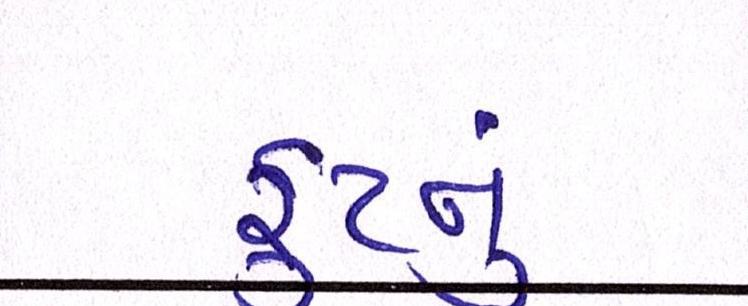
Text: ફૂટનું